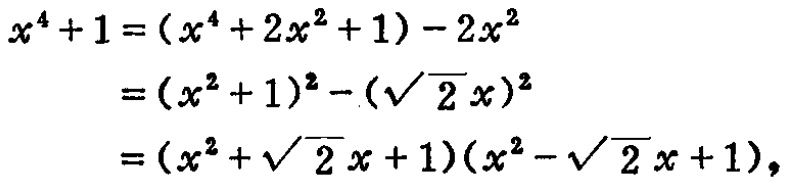
\[
\begin{align*}
x^{4}+1&=(x^{4}+2x^{2}+1)-2x^{2}\\
&=(x^{2}+1)^{2}-(\sqrt{2}x)^{2}\\
&=(x^{2}+\sqrt{2}x + 1)(x^{2}-\sqrt{2}x + 1),
\end{align*}
\]